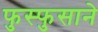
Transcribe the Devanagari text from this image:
फुस्फुसाने